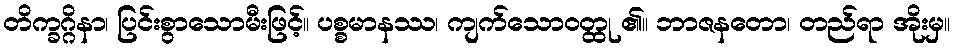
တိက္ခဂ္ဂိနာ၊ ပြင်းစွာသောမီးဖြင့်။ ပစ္စမာနဿ၊ ကျက်သောဝတ္ထု ၏။ ဘာဇနတော၊ တည်ရာ အိုးမှ။